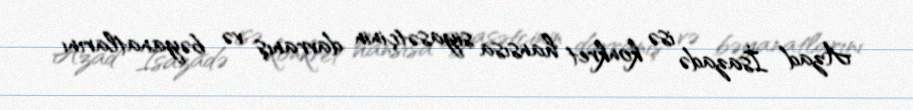
Azad İsazadə isə konkret hansısa siyasətçinin davranış və bəyanatlarını